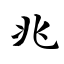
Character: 兆